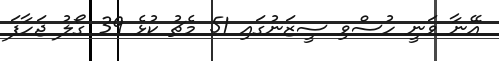
އޭނާ ވަނީ ހުސްވި ސީޒަނުގައި 51 މެޗު ކުޅެ 39 ގޯލު ޖަހާފަ